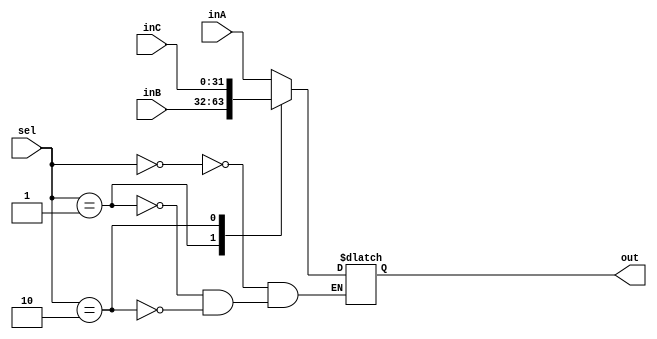
`timescale 1ns / 1ps

////////////////////////////////////////////////////////////////////////////////
// ECE369 - Computer Architecture
// 
// Module - Mux32Bit2To1.v
// Description - Performs signal multiplexing between 2 32-Bit words.
////////////////////////////////////////////////////////////////////////////////

module Mux32Bit3To1(out, inA, inB,inC, sel);

    output reg [31:0] out;
   
    input [31:0] inA;
    input [31:0] inB;
    input [31:0] inC;
    input [1:0]sel;
 
   always@(inA,inB,sel)begin 
      case(sel)
      2'd0:out<=inA;
      2'd1:out<=inB;
      2'd2:out<=inC;
      endcase 
   end 
endmodule